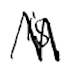
Text: is
Cross-out: zig-zag
Writing tool: digital_black